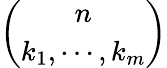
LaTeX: \binom{n}{k_{1},\cdots,k_{m}}